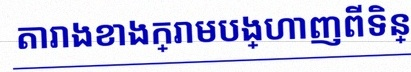
តារាងខាងក្រោមបង្ហាញពីទិន្នន័យ